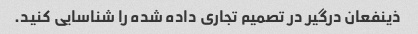
ذینفعان درگیر در تصمیم تجاری داده شده را شناسایی کنید.